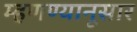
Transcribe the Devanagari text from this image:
म्हणण्यानूसार